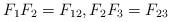
LaTeX: \begin{align*}F_1 F_2 = F_{12},F_2 F_3 = F_{23}\end{align*}